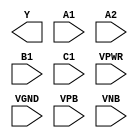
/**
 * Copyright 2020 The SkyWater PDK Authors
 *
 * Licensed under the Apache License, Version 2.0 (the "License");
 * you may not use this file except in compliance with the License.
 * You may obtain a copy of the License at
 *
 *     https://www.apache.org/licenses/LICENSE-2.0
 *
 * Unless required by applicable law or agreed to in writing, software
 * distributed under the License is distributed on an "AS IS" BASIS,
 * WITHOUT WARRANTIES OR CONDITIONS OF ANY KIND, either express or implied.
 * See the License for the specific language governing permissions and
 * limitations under the License.
 *
 * SPDX-License-Identifier: Apache-2.0
 */

`ifndef SKY130_FD_SC_MS__O211AI_PP_BLACKBOX_V
`define SKY130_FD_SC_MS__O211AI_PP_BLACKBOX_V

/**
 * o211ai: 2-input OR into first input of 3-input NAND.
 *
 *         Y = !((A1 | A2) & B1 & C1)
 *
 * Verilog stub definition (black box with power pins).
 *
 * WARNING: This file is autogenerated, do not modify directly!
 */

`timescale 1ns / 1ps
`default_nettype none

(* blackbox *)
module sky130_fd_sc_ms__o211ai (
    Y   ,
    A1  ,
    A2  ,
    B1  ,
    C1  ,
    VPWR,
    VGND,
    VPB ,
    VNB
);

    output Y   ;
    input  A1  ;
    input  A2  ;
    input  B1  ;
    input  C1  ;
    input  VPWR;
    input  VGND;
    input  VPB ;
    input  VNB ;
endmodule

`default_nettype wire
`endif  // SKY130_FD_SC_MS__O211AI_PP_BLACKBOX_V